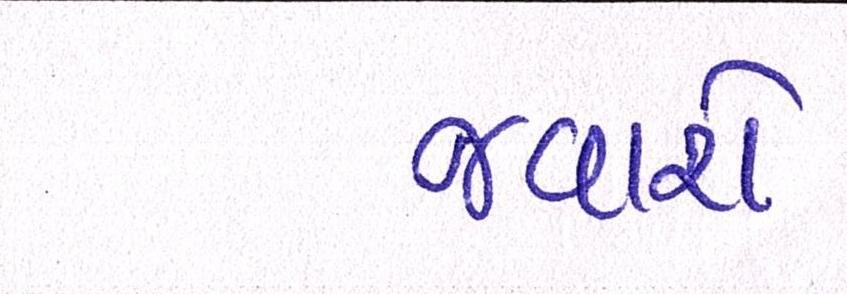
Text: જવાશે